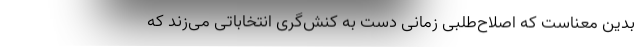
بدین معناست که اصلاح‌طلبی زمانی دست به کنش‌گری انتخاباتی می‌زند که